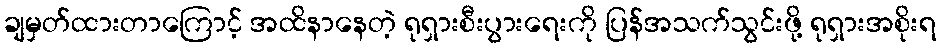
ချမှတ်ထားတာကြောင့် အထိနာနေတဲ့ ရုရှားစီးပွားရေးကို ပြန်အသက်သွင်းဖို့ ရုရှားအစိုးရ